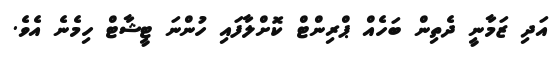
އަދި ޒަމާނީ ދެތިން ބަހެއް ޕްރިންޓް ކޮށްލާފައި ހުންނަ ޓީޝާޓް ހިމެނެ އެވެ.